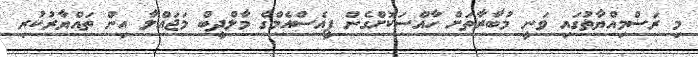
މި ރަސްމިއްޔާތުގައި ވަނީ މުބާރާތަށް ހާއްސަކޮށްގެން ޕީއެސްއެމްގެ މާލްދީބް މަޖައްލާ އިން ތައްޔާރުކުރި